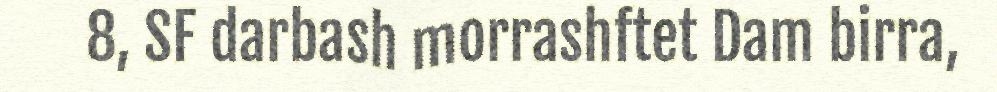
8, SF darbash morrashftet Dam birra,